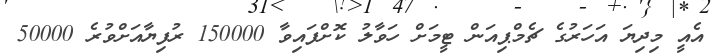
އެއީ މިދިޔަ އަހަރުގެ ޗެމްޕިއަން ޓީމަށް ހަވާލު ކޮށްފައިވާ 150000 ރުފިޔާއަށްވުރެ 50000